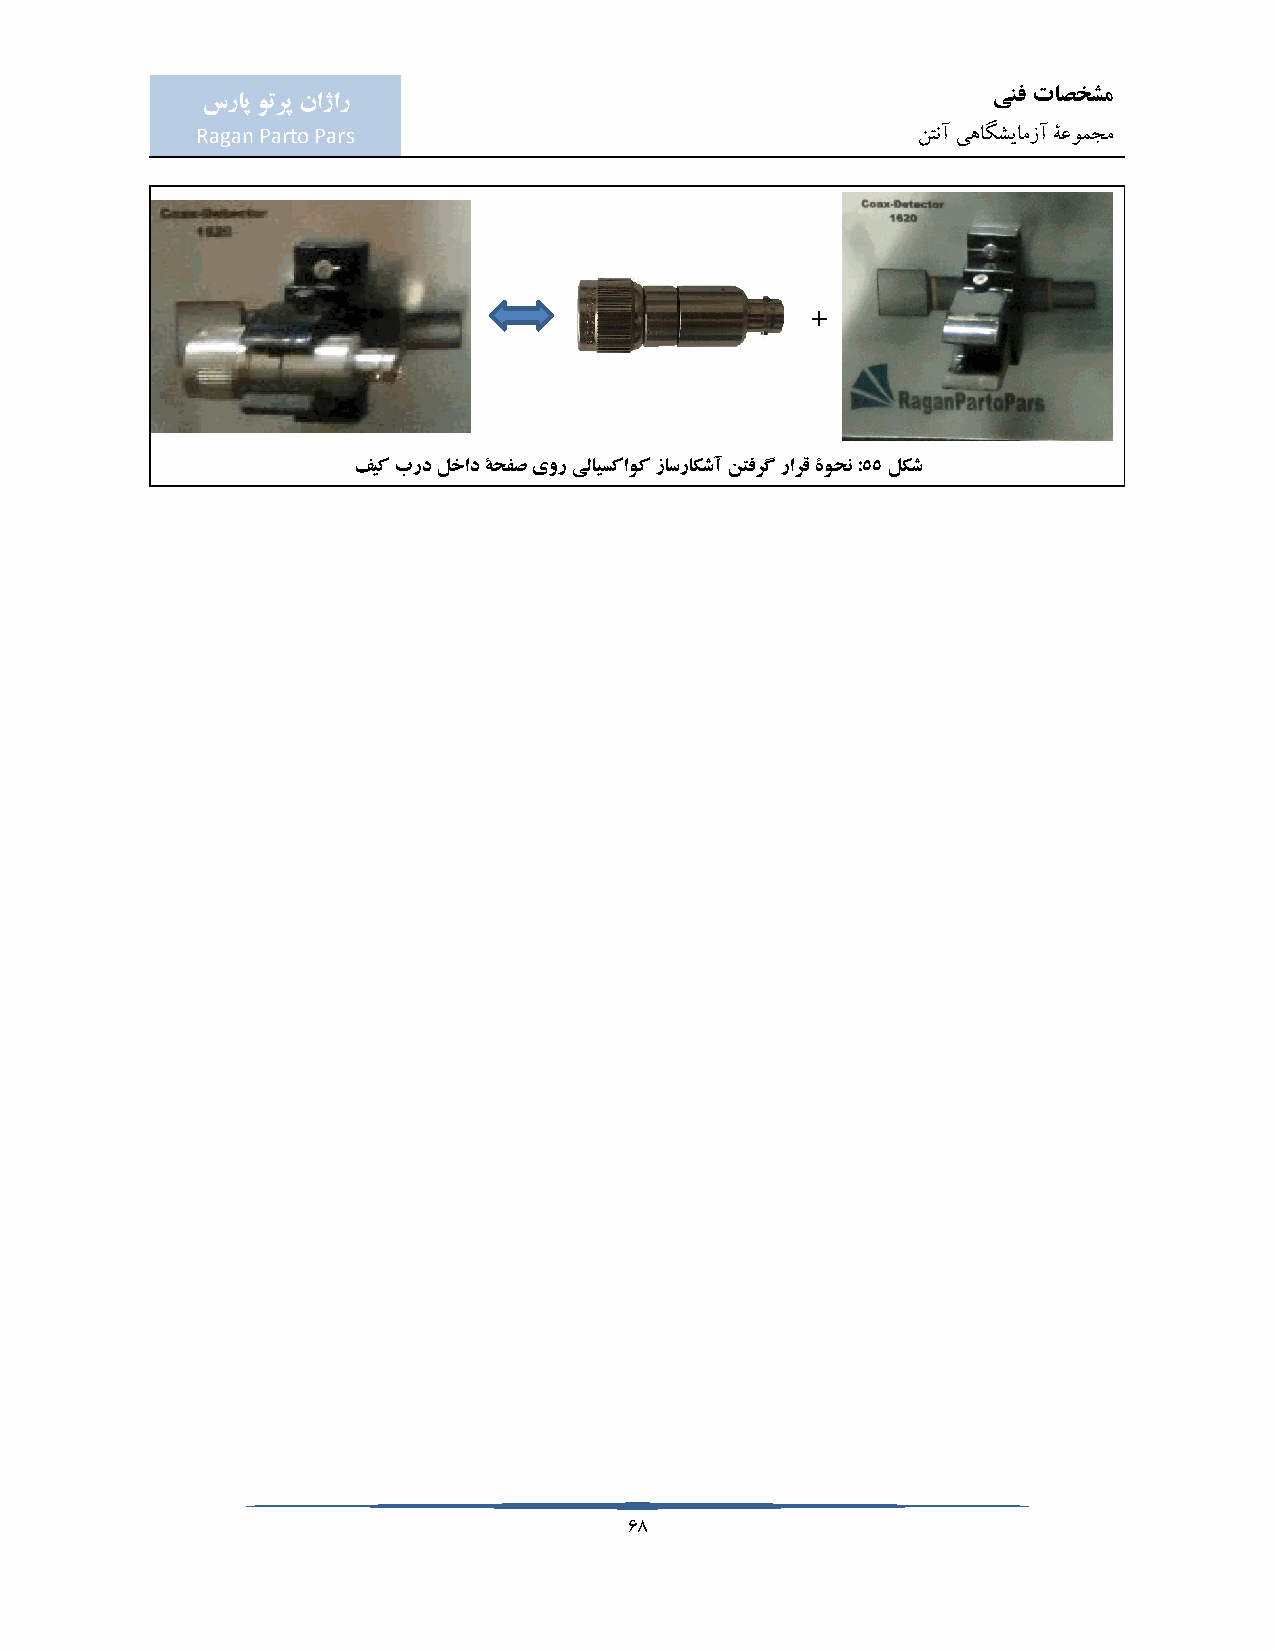
ینف تاصخشم
 سراپ وترپ ناژار
 Ragan Parto Pars                                نتنآ یهاگشیامزآ ۀعومجم
 +
 فیک برد لخاد ۀحفص یور یلایسکاوک زاسراکشآ نتفرگ رارق ۀوحن :55 لکش
 68